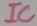
Text: IC